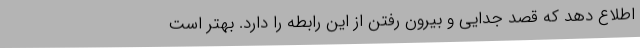
اطلاع دهد که قصد جدایی و بیرون رفتن از این رابطه را دارد. بهتر است